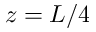
z = L / 4